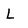
Character: L